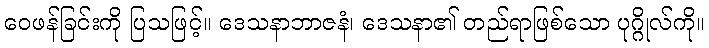
ဝေဖန်ခြင်းကို ပြသဖြင့်။ ဒေသနာဘာဇနံ၊ ဒေသနာ၏ တည်ရာဖြစ်သော ပုဂ္ဂိုလ်ကို။